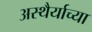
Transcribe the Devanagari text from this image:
अस्थैर्याच्या